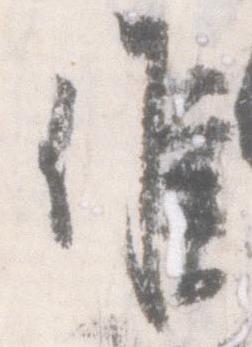
候